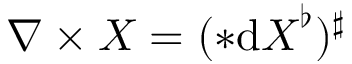
\boldsymbol { \nabla \times X } = ( { * } \mathrm { d } \boldsymbol { X } ^ { \flat } ) ^ { \sharp }